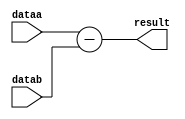
module  ALU_SUB_add_sub
	( 
	dataa,
	datab,
	result) /* synthesis synthesis_clearbox=1 */;
	input   [31:0]  dataa;
	input   [31:0]  datab;
	output   [31:0]  result;
`ifndef ALTERA_RESERVED_QIS
// synopsys translate_off
`endif
	tri0   [31:0]  dataa;
	tri0   [31:0]  datab;
`ifndef ALTERA_RESERVED_QIS
// synopsys translate_on
`endif


	assign
		result = dataa - datab;
endmodule